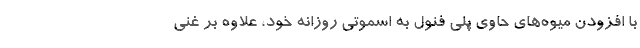
با افزودن میوه‌های حاوی پلی فنول به اسموتی روزانه خود، علاوه بر غنی